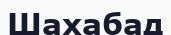
Шахабад